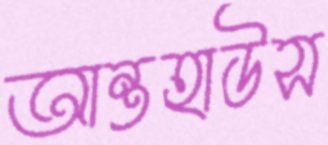
আন্তহাউস